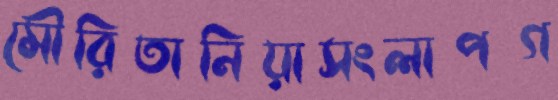
মৌরিতানিয়াসংলাপগ